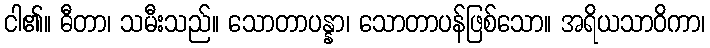
ငါ၏။ ဓီတာ၊ သမီးသည်။ သောတာပန္နာ၊ သောတာပန်ဖြစ်သော။ အရိယသာဝိကာ၊